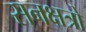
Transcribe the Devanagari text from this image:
सनक्षत्रो